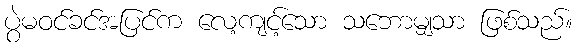
ပွဲမဝင်ခင်အပြင်က လေ့ကျင့်သော သဘောမျှသာ ဖြစ်သည်။